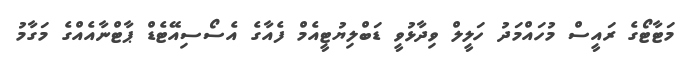
މަޓާޓޯގެ ރައީސް މުހައްމަދު ހަލީލް ވިދާޅުވީ ޑަބްލިޔުޓީއެމް ފެއާގެ އެސޯސިއޭޓެޑް ޕާޓްނާއެއްގެ މަގާމު